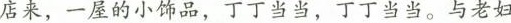
店来，一屋的小饰品，丁丁当当，丁丁当当。与老妇